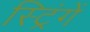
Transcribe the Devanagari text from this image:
स्ट्रिंगें